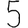
Digit: 5